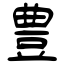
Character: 豊